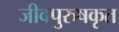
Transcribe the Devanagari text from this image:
जीवपुरुषकृत